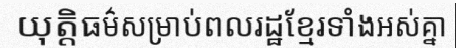
យុត្តិធម៌សម្រាប់ពលរដ្ឋខ្មែរទាំងអស់គ្នា